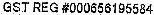
GST REG #000656195584